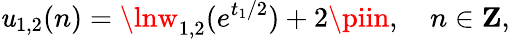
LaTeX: \mathit{u}_{1,2}(n)=\lnw_{1,2}(e^{t_{1}/2})+2\piin,~~~~n\in{\mathbf{Z}},